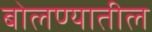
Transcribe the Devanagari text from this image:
बोलण्यातील